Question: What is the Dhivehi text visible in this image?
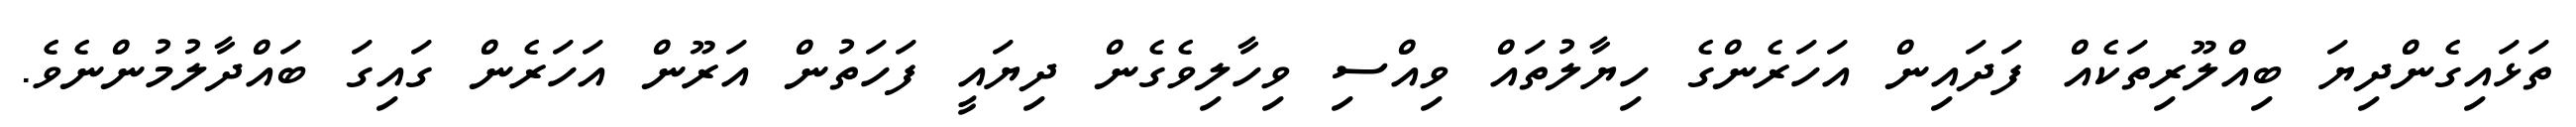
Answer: ތަޅައިގެންދިޔަ ބިއްލޫރިތަކެއް ފަދައިން އަހަރެންގެ ހިޔާލުތައް ވިއްސި ވިހާލިވެގެން ދިޔައީ ފަހަތުން އަރޫން އަހަރެން ގައިގަ ބައްދާލުމުންނެވެ.